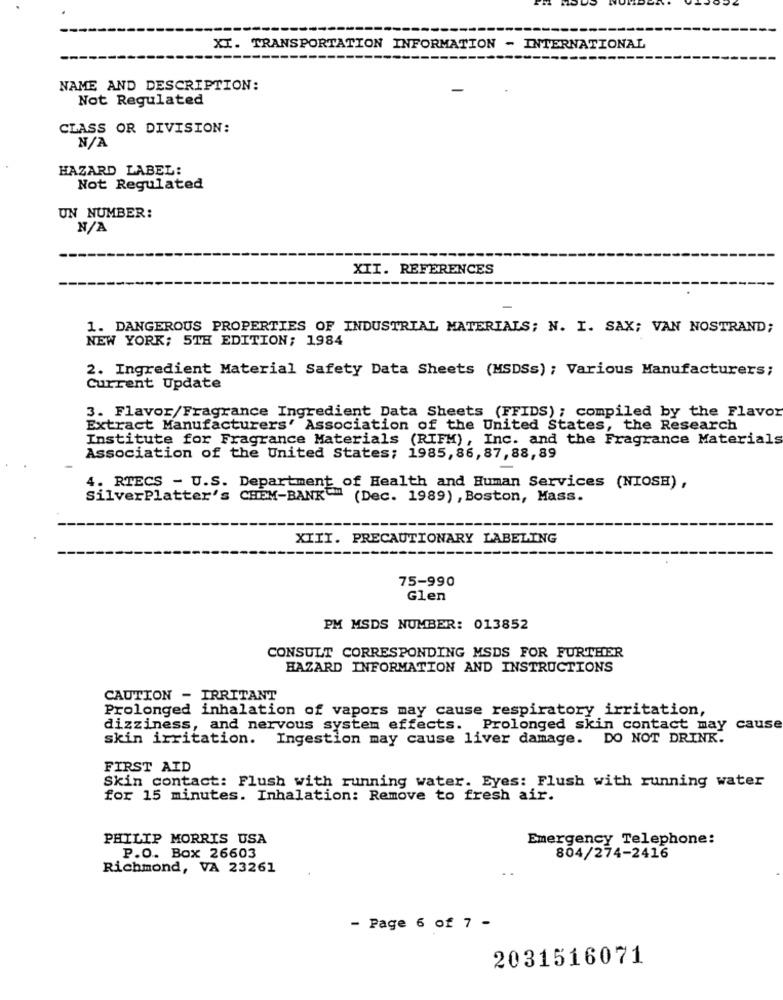
XI. TRANSPORTATION INFORMATION - INTERNATIONAL
NAME AND DESCRIPTION:
Not Regulated
CLASS OR DIVISION:
HAZARD LABEL:
Not Regulated
UN NUMBER:
XII. REFERENCES
1. DANGEROUS PROPERTIES OF INDUSTRIAL MATERIALS; N. I. SAX; VAN NOSTRAND;
NEW YORK; 5TH EDITION; 1984
2. Ingredient Material Safety Data Sheets (MSDSs) ; Various Manufacturers;
Current Update
3. Flavor/Fragrance Ingredient Data Sheets (FFIDS) ; compiled by the Flavor
Extract Manufacturers' Association of the United States, the Research
Institute for Fragrance Materials (RIFM), Inc. and the Fragrance Materials
Association of the United States; 1985, 86, 87, 88, 89
4. RTECS - U.S. Department of Health and Human Services (NIOSH),
SilverPlatter's CHEM-BANK"" (Dec. 1989) , Boston, Mass.
XIII. PRECAUTIONARY LABELING
75-990
Glen
PM MSDS NUMBER: 013852
CONSULT CORRESPONDING MSDS FOR FURTHER
HAZARD INFORMATION AND INSTRUCTIONS
CAUTION - IRRITANT
Prolonged inhalation of vapors may cause respiratory irritation,
dizziness, and nervous system effects. Prolonged skin contact may cause
skin irritation. Ingestion may cause liver damage. DO NOT DRINK.
FIRST AID
Skin contact: Flush with running water. Eyes: Flush with running water
for 15 minutes. Inhalation: Remove to fresh air.
PHILIP MORRIS USA
Emergency Telephone:
P.O. Box 26603
804/274-2416
Richmond, VA 23261
- Page 6 of 7 -
2031516071